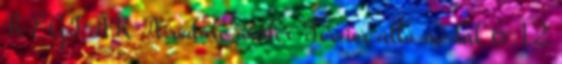
RÉGI ÁR Airedale aidler Terrier álló medál 6 12